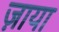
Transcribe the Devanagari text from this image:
ज़ाया